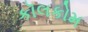
કૉલકોમ